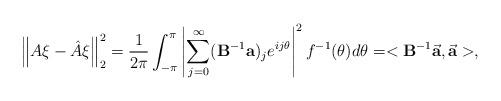
LaTeX: \begin{align*}\left\| {A} \xi- \hat{A} \xi \right\|_2^2 =\frac{1}{2\pi} \int_{-\pi}^{\pi} \left|\sum\limits_{j=0}^{\infty}(\bold{B}^{-1}\bold{a})_je^{ij\theta} \right|^2 f^{-1}(\theta)d\theta=<\bold{B}^{-1}\vec{\bold{a}}, \vec{\bold{a}}>,\end{align*}